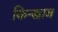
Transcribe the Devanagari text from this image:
किन्खाब